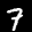
Label: 7